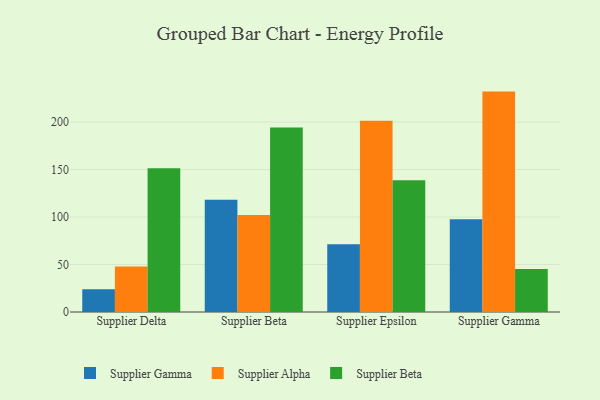
{"axis": {"x": "Supplier", "y": "LTV (USD)"}, "legend": ["Supplier Alpha", "Supplier Beta", "Supplier Gamma"], "data": [{"x": "Supplier Delta", "y": 23.9, "type": "Supplier Gamma"}, {"x": "Supplier Delta", "y": 47.8, "type": "Supplier Alpha"}, {"x": "Supplier Delta", "y": 151.3, "type": "Supplier Beta"}, {"x": "Supplier Beta", "y": 118.2, "type": "Supplier Gamma"}, {"x": "Supplier Beta", "y": 102.1, "type": "Supplier Alpha"}, {"x": "Supplier Beta", "y": 194.2, "type": "Supplier Beta"}, {"x": "Supplier Epsilon", "y": 71.3, "type": "Supplier Gamma"}, {"x": "Supplier Epsilon", "y": 201.4, "type": "Supplier Alpha"}, {"x": "Supplier Epsilon", "y": 138.8, "type": "Supplier Beta"}, {"x": "Supplier Gamma", "y": 97.8, "type": "Supplier Gamma"}, {"x": "Supplier Gamma", "y": 232.1, "type": "Supplier Alpha"}, {"x": "Supplier Gamma", "y": 45.2, "type": "Supplier Beta"}]}